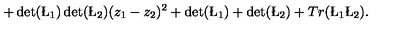
+ \det ( \L _ { 1 } ) \det ( \L _ { 2 } ) ( z _ { 1 } - z _ { 2 } ) ^ { 2 } + \det ( \L _ { 1 } ) + \det ( \L _ { 2 } ) + T r ( \L _ { 1 } \L _ { 2 } ) .